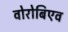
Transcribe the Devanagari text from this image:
वोरोबिएव